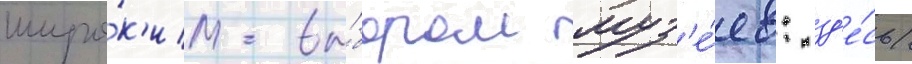
широ́к'им вы́бором муз'е́ев: зд'е́сь